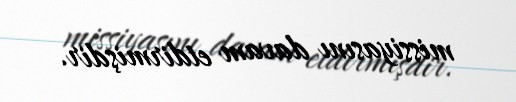
missiyasını davam etdirmişdir.